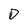
Character: D